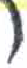
אות: כ